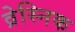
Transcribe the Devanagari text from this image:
व्रेस्निक